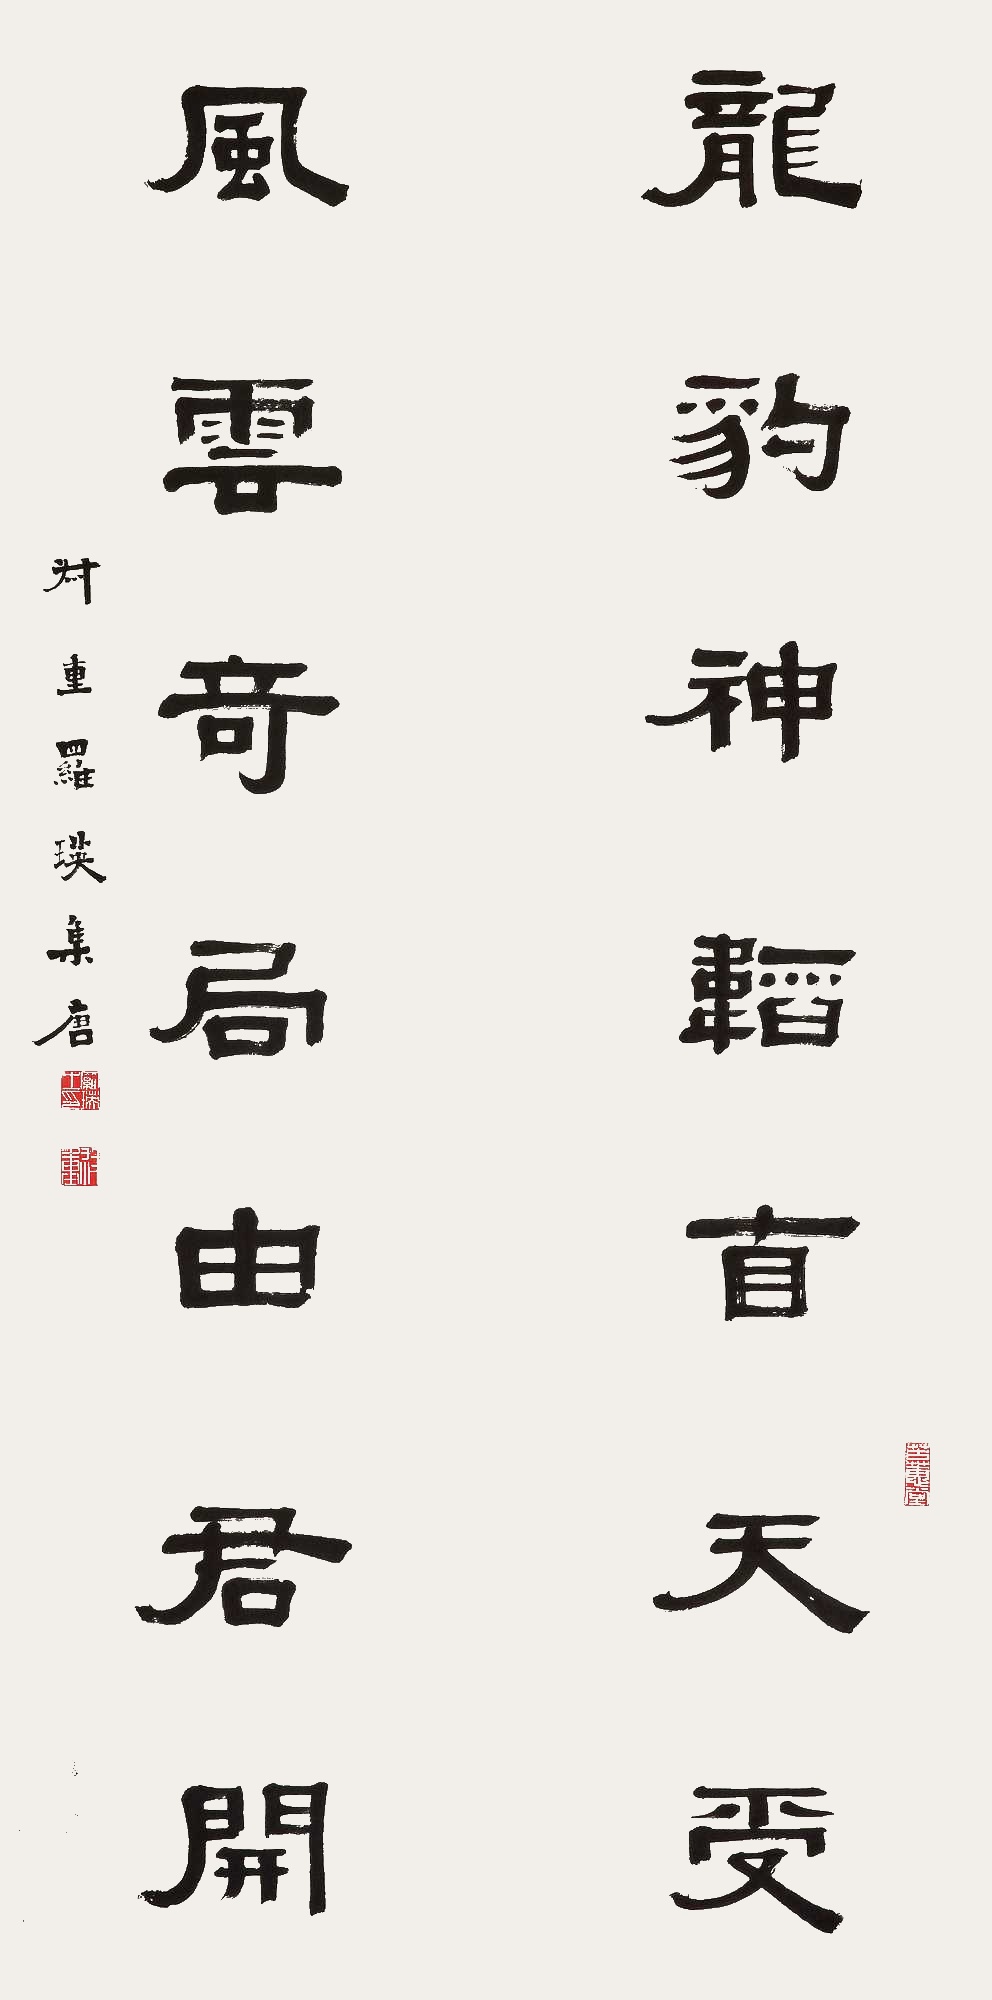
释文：龙豹神韬自天受，风云奇局由君开。叔重罗瑛集唐。